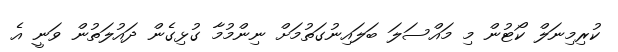
ކުރިމިނަލް ކޯޓުން މި މައްސަލަ ބަލައިނުގަތުމަށް ނިންމުމާ ގުޅިގެން ދައުލަތުން ވަނީ އެ